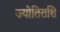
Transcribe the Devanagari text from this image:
ज्योतिराशि